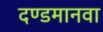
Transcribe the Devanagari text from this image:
दण्डमानवा